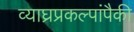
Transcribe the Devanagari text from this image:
व्याघ्रप्रकल्पांपैकी